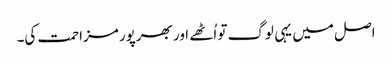
اصل میں یہی لوگ تو اُٹھے اور بھرپور مزاحمت کی۔